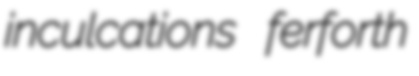
inculcations ferforth